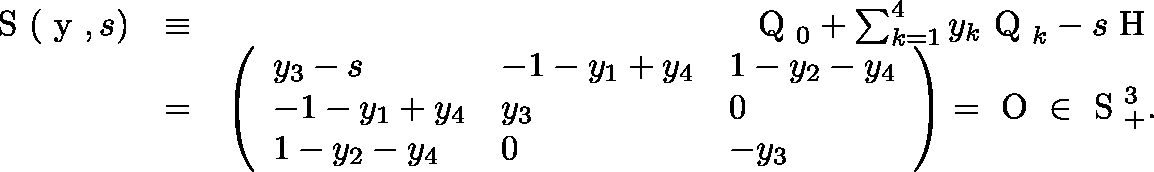
\begin{array} { r l r } { \mathrm { \boldmath ~ S ~ } ( \mathrm { \boldmath ~ y ~ } , s ) } & { \equiv } & { \mathrm { \boldmath ~ Q ~ } _ { 0 } + \sum _ { k = 1 } ^ { 4 } y _ { k } \mathrm { \boldmath ~ Q ~ } _ { k } - s \mathrm { \boldmath ~ H ~ } } \\ & { = } & { \left( \begin{array} { l l l } { y _ { 3 } - s } & { - 1 - y _ { 1 } + y _ { 4 } } & { 1 - y _ { 2 } - y _ { 4 } } \\ { - 1 - y _ { 1 } + y _ { 4 } } & { y _ { 3 } } & { 0 } \\ { 1 - y _ { 2 } - y _ { 4 } } & { 0 } & { - y _ { 3 } } \end{array} \right) = \mathrm { \boldmath ~ O ~ } \in \mathrm { ~ \mathbb { S } ~ } _ { + } ^ { 3 } . } \end{array}